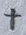
Text: +